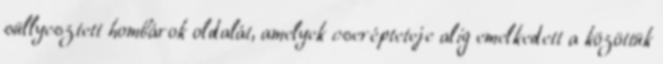
süllyesztett hombárok oldalát, amelyek cserépteteje alig emelkedett a közöttük